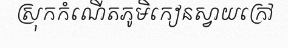
ស្រុកកំណើតភូមិកៀនស្វាយក្រៅ